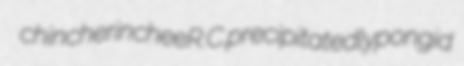
chincherinchee R.C. precipitatedly pongid